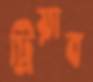
ট্রিয়াব